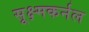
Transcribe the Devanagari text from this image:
सूक्ष्मकर्नल